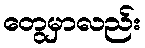
တွေမှာလည်း